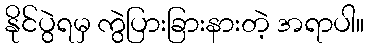
နိုင်ပွဲရမှ ကွဲပြားခြားနားတဲ့ အရာပါ။